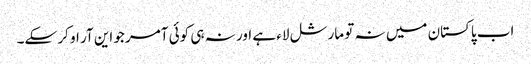
اب پاکستان میں نہ تو مارشل لاء ہے اور نہ ہی کوئی آمر جو این آر او کر سکے۔